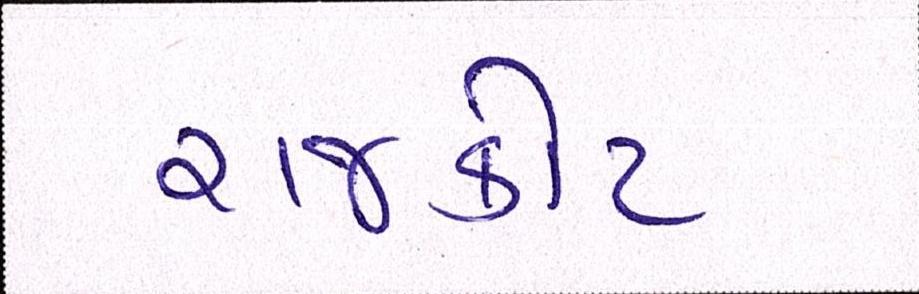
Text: રાજકોટ